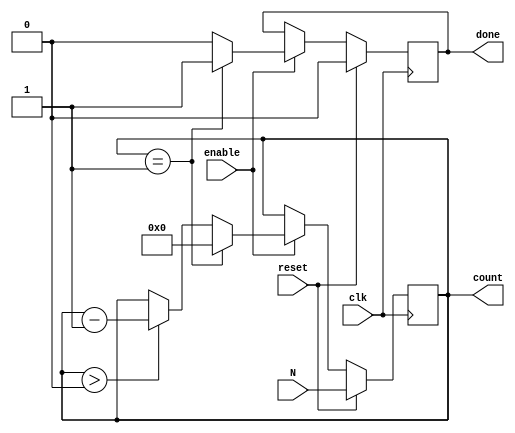
module down_counter (
    input wire clk,        // Clock signal
    input wire reset,      // Synchronous active-high reset
    input wire enable,     // Control signal to enable counting
    input wire [7:0] N,    // Initial value for the counter (8-bit for example)
    output reg [7:0] count, // Current count value (8-bit)
    output reg done        // Signal indicating the counter has reached zero
);

    // Internal register to hold the initial count value
    reg [7:0] initial_value;

    // Always block triggered on the rising edge of the clock
    always @(posedge clk) begin
        if (reset) begin
            // Load the initial value into the count register
            initial_value <= N;
            count <= N;
            done <= 1'b0; // Reset done signal
        end else if (enable) begin
            // Decrement the count if enable is high
            if (count > 0) begin
                count <= count - 1;
            end
            // Assert done signal when count reaches zero
            if (count == 1) begin
                count <= 0; // Ensure count does not go below zero
                done <= 1'b1; // Assert done signal
            end else begin
                done <= 1'b0; // Clear done signal if not zero
            end
        end
    end

endmodule